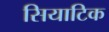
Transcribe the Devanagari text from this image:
सियाटिक